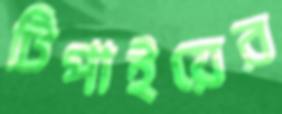
টিপাইয়ের